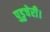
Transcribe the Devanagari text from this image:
पुडुचेरी।